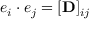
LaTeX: e _ { i } \cdot e _ { j } = [ \mathbf { D } ] _ { i j }